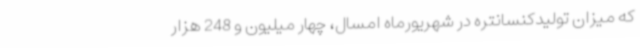
که میزان تولیدکنسانتره در شهریورماه امسال، چهار میلیون و 248 هزار